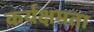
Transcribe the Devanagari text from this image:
कर्यक्षमता